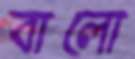
বালো